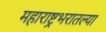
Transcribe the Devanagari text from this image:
महाराष्ट्रभरातल्या